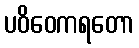
ပဝိဝေကရတော